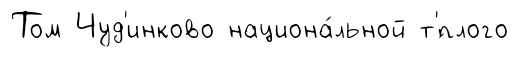
Том Чуд'инково национа́льной т'́плого